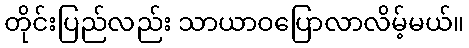
တိုင်းပြည်လည်း သာယာဝပြောလာလိမ့်မယ်။